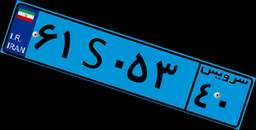
۶۱S۰۵۳۴۰